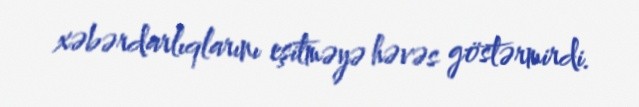
xəbərdarlıqlarını eşitməyə həvəs göstərmirdi.